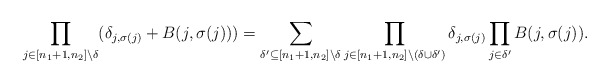
\begin{align*}\prod\limits_{j\in [n_1+1,n_2]\setminus\delta}(\delta_{j,\sigma(j)}+B(j,\sigma(j)))=\sum\limits_{\delta'\subseteq [n_1+1,n_2]\setminus\delta}\prod\limits_{j\in[n_1+1,n_2]\setminus(\delta\cup\delta')}\delta_{j,\sigma(j)}\prod\limits_{j\in\delta'}B(j,\sigma(j)).\end{align*}